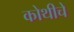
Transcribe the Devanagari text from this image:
कोथीचे